Insane asylums in Bengal annual reports 1867-1875 - 1867-1875
Year: 1867
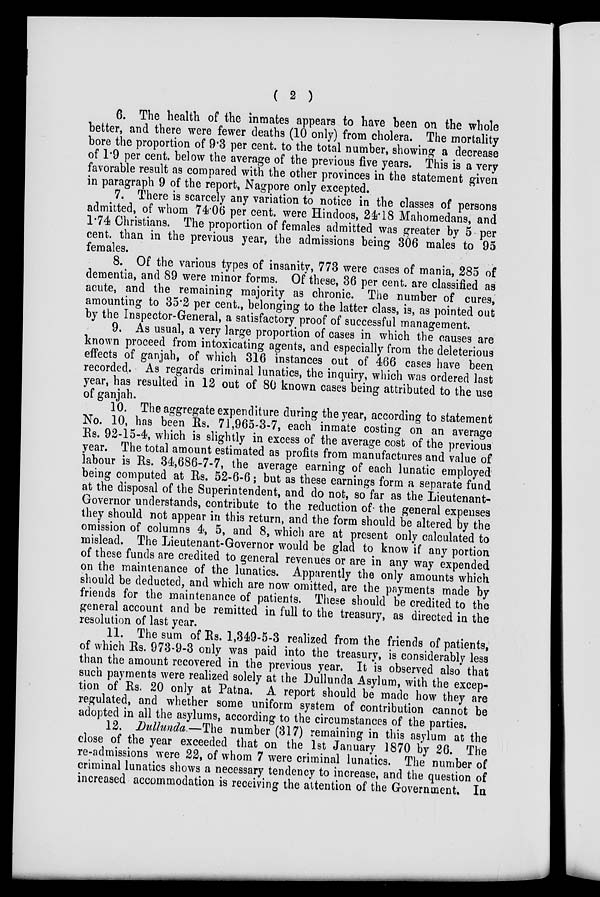
( 2 )
6. The health of the inmates appears to have been on the whole
better, and there were fewer deaths (10 only) from cholera. The mortality
bore the proportion of 9.3 per cent. to the total number, showing a decrease
of 1.9 per cent. below the average of the previous five years. This is a very
favorable result as compared with the other provinces in the statement given
in paragraph 9 of the report, Nagpore only excepted.
7. There is scarcely any variation to notice in the classes of persons
admitted, of whom 74.06 per cent. were Hindoos, 24.18 Mahomedans, and
1.74 Christians. The proportion of females admitted was greater by 5 per
cent. than in the previous year, the admissions being 306 males to 95
females.
8. Of the various types of insanity, 773 were cases of mania, 285 of
dementia, and 89 were minor forms. Of these, 36 per cent. are classified as
acute, and the remaining majority as chronic. The number of cures,
amounting to 35.2 per cent., belonging to the latter class, is, as pointed out
by the Inspector-General, a satisfactory proof of successful management.
9. As usual, a very large proportion of cases in which the causes are
known proceed from intoxicating agents, and especially from the deleterious
effects of ganjah, of which 316 instances out of 466 cases have been
recorded. As regards criminal lunatics, the inquiry, which was ordered last
year, has resulted in 12 out of 80 known cases being attributed to the use
of ganjah.
10. The aggregate expenditure during the year, according to statement
No. 10, has been Rs. 71,965-3-7, each inmate costing on an average
Rs. 92-15-4, which is slightly in excess of the average cost of the previous
year. The total amount estimated as profits from manufactures and value of
labour is Rs. 34,686-7-7, the average earning of each lunatic employed
being computed at Rs. 52-6-6; but as these earnings form a separate fund
at the disposal of the Superintendent, and do not, so far as the Lieutenant-
Governor understands, contribute to the reduction of the general expenses
they should not appear in this return, and the form should be altered by the
omission of columns 4, 5, and 8, which are at present only calculated to
mislead. The Lieutenant-Governor would be glad to know if any portion
of these funds are credited to general revenues or are in any way expended
on the maintenance of the lunatics. Apparently the only amounts which
should be deducted, and which are now omitted, are the payments made by
friends for the maintenance of patients. These should be credited to the
general account and be remitted in full to the treasury, as directed in the
resolution of last year.
11. The sum of Rs. 1,349-5-3 realized from the friends of patients,
of which Rs. 973-9-3 only was paid into the treasury, is considerably less
than the amount recovered in the previous year. It is observed also that
such payments were realized solely at the Dullunda Asylum, with the excep-
tion of Rs. 20 only at Patna. A report should be made how they are
regulated, and whether some uniform system of contribution cannot be
adopted in all the asylums, according to the circumstances of the parties.
12. Dullunda.—The number (317) remaining in this asylum at the
close of the year exceeded that on the 1st January 1870 by 26. The
re-admissions were 22, of whom 7 were criminal lunatics. The number of
criminal lunatics shows a necessary tendency to increase, and the question of
increased accommodation is receiving the attention of the Government. In